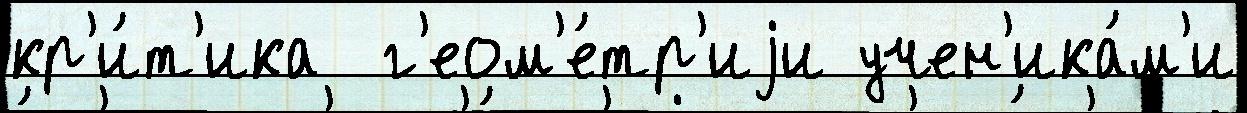
кр'и́т'ика  г'еом'е́тр'иjи учен'ика́м'и